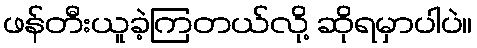
ဖန်တီးယူခဲ့ကြတယ်လို့ ဆိုရမှာပါပဲ။